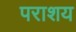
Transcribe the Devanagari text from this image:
पराशय